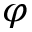
\varphi